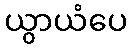
ယွာယံပေ